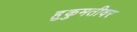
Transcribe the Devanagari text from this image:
हुकुमतीवर